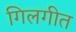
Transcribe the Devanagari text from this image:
गिलगीत